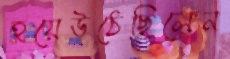
হয়েউঠেছিলেন